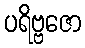
ပရိဗ္ဗဇော